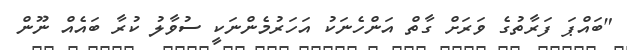
"ބައްޕަ ފަރާތުގެ ވަރަށް ގާތް އަންހެނަކު އަހަރުމެންނަކީ ސުވާލު ކުރާ ބައެއް ނޫން